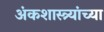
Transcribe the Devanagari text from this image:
अंकशास्त्र्यांच्या